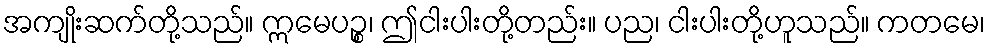
အကျိုးဆက်တို့သည်။ ဣမေပဉ္စ၊ ဤငါးပါးတို့တည်း။ ပည၊ ငါးပါးတို့ဟူသည်။ ကတမေ၊